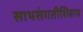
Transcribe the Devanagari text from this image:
साथसंगतीशिवाय